Annual administration report of the Civil Veterinary Department of India - 1893-1894
Year: 1893
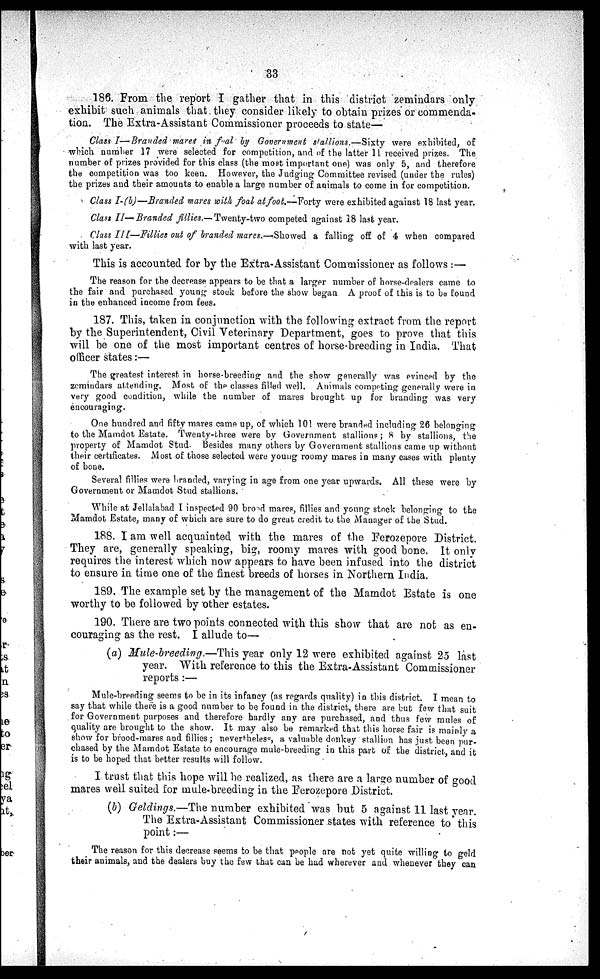
33
186. From the report I gather that in this district zemindars only
exhibit such animals that they consider likely to obtain prizes or commenda-
tion. The Extra-Assistant Commissioner proceeds to state—
Class I—Branded mares in foal by Government stallions.—Sixty were exhibited, of
which number 17 were selected for competition, and of the latter 11 received prizes. The
number of prizes provided for this class (the most important one) was only 5, and therefore
the competition was too keen. However, the Judging Committee revised (under the rules)
the prizes and their amounts to enable a large number of animals to come in for competition.
Class I-(b)—Branded mares with foal at foot.—Forty were exhibited against 18 last year.
Class II—Branded fillies.—Twenty-two competed against 18 last year.
Class III—Fillies out of branded mares.—Showed a falling off of 4 when compared
with last year.
This is accounted for by the Extra-Assistant Commissioner as follows:—
The reason for the decrease appears to be that a larger number of horse-dealers came to
the fair and purchased young stock before the show began A proof of this is to be found
in the enhanced income from fees.
187. This, taken in conjunction with the following extract from the report
by the Superintendent, Civil Veterinary Department, goes to prove that this
will be one of the most important centres of horse-breeding in India. That
officer states:—
The greatest interest in horse-breeding and the show generally was evinced by the
zemindars attending. Most of the classes filled well. Animals competing generally were in
very good condition, while the number of mares brought up for branding was very
encouraging.
One hundred and fifty mares came up, of which 101 were branded including 26 belonging
to the Mamdot Estate. Twenty-three were by Government stallions; 8 by stallions, the
property of Mamdot Stud. Besides many others by Government stallions came up without
their certificates. Most of those selected were young roomy mares in many cases with plenty
of bone.
Several fillies were branded, varying in age from one year upwards. All these were by
Government or Mamdot Stud stallions.
While at Jellalabad I inspected 90 broad mares, fillies and young stock belonging to the
Mamdot Estate, many of which are sure to do great credit to the Manager of the Stud.
188. I am well acquainted with the mares of the Ferozepore District.
They are, generally speaking, big, roomy mares with good bone. It only
requires the interest which now appears to have been infused into the district
to ensure in time one of the finest breeds of horses in Northern India.
189. The example set by the management of the Mamdot Estate is one
worthy to be followed by other estates.
190. There are two points connected with this show that are not as en-
couraging as the rest. I allude to—
(a) Mule-breeding.—This year only 12 were exhibited against 25 last
year. With reference to this the Extra-Assistant Commissioner
reports:—
Mule-breeding seems to be in its infancy (as regards quality) in this district. I mean to
say that while there is a good number to be found in the district, there are but few that suit
for Government purposes and therefore hardly any are purchased, and thus few mules of
quality are brought to the show. It may also be remarked that this horse fair is mainly a
show for brood-mares and fillies; nevertheless, a valuable donkey stallion has just been pur-
chased by the Mamdot Estate to encourage mule-breeding in this part of the district, and it
is to be hoped that better results will follow.
I trust that this hope will be realized, as there are a large number of good
mares well suited for mule-breeding in the Ferozepore District.
(b) Geldings.—The number exhibited was but 5 against 11 last year.
The Extra-Assistant Commissioner states with reference to this
point:—
The reason for this decrease seems to be that people are not yet quite willing to geld
their animals, and the dealers buy the few that can be had wherever and whenever they can